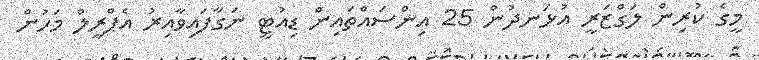
މީގެ ކުރިން ލަގްޒަރީ އުޅަނދުން 25 އިންސައްތައިން ޑިއުޓީ ނަގާފައިވާއިރު އެޕްރީލް މަހުން